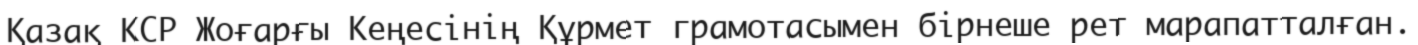
Қазақ КСР Жоғарғы Кеңесінің Құрмет грамотасымен бірнеше рет марапатталған.